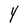
Character: Y